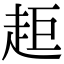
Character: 𧺹